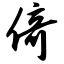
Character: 倚